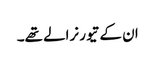
ان کے تیور نرالے تھے۔